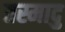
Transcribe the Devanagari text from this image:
तस्मादु